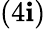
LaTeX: (4\mathbf{i})